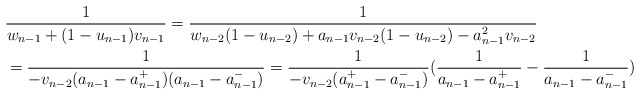
\begin{align*}&{1\over w_{n-1}+ (1-u_{n-1}) v_{n-1}}= {1\over w_{n-2}(1-u_{n-2})+a_{n-1}v_{n-2}(1-u_{n-2})-a_{n-1}^2 v_{n-2}}\\&={1\over -v_{n-2}(a_{n-1}-a_{n-1}^+)(a_{n-1}-a_{n-1}^-)} ={1\over- v_{n-2}(a_{n-1}^{+}-a_{n-1}^{-})}({1\over a_{n-1}-a_{n-1}^{+}}-{1\over a_{n-1}-a_{n-1}^{-} })\end{align*}